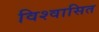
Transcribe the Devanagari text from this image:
विश्वासित